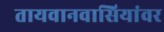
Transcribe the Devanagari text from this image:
तायवानवासियांवर